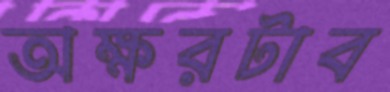
অক্ষরটাব